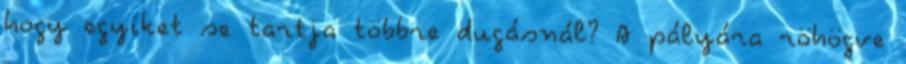
hogy egyiket se tartja többre dugásnál? A pályára röhögve